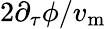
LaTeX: {{2\partial_{\tau}\phi}/{v_{\mathrm{m}}}}